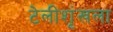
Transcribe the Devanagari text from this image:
टेलीशृंखला